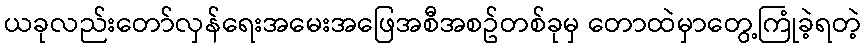
ယခုလည်းတော်လှန်ရေးအမေးအဖြေအစီအစဥ်တစ်ခုမှ တောထဲမှာတွေ့ကြုံခဲ့ရတဲ့